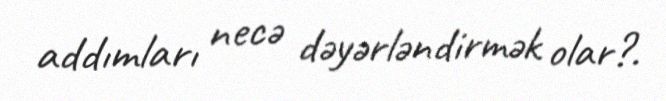
addımları necə dəyərləndirmək olar?.